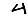
Digit: 4